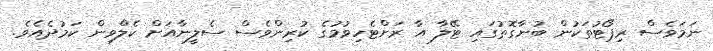
ނަމަވެސް ރިޕޯޓުތަކުން ބުނާގޮތުގައި ޓޭލާ އާ ރަށްޓެހިވުމުގެ ކުރިންވެސް ސެލީނާއަށް ކެލްވިން ކަމުދެއެވެ.